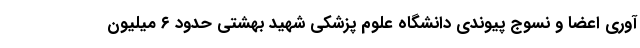
آوری اعضا و نسوج پیوندی دانشگاه علوم پزشکی شهید بهشتی حدود ۶ میلیون